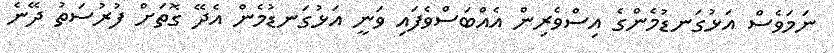
ނަމަވެސް އަޅުގަނޑުމެންގެ އިސްވެރިން އެއްބަސްވެފައި ވަނީ އަޅުގަނޑުމެން އެދޭ ގޮތަށް ފުރުސަތު ދޭނެ